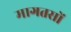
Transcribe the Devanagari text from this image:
मागतसों